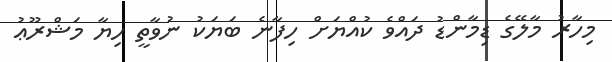
މިހާރު މާލޭގެ ޑިމާންޑު ދައްވެ ކުއްޔަށް ހިފާނެ ބަޔަކު ނުވާތީ ހިޔާ މަޝްރޫޢު